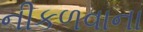
નીકળવાના